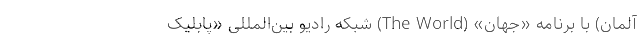
آلمان) با برنامه «جهان» (The World) شبکه رادیو بین‌المللی «پابلیک